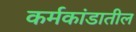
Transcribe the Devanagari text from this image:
कर्मकांडातील